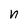
Character: n